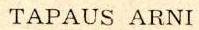
TAPAUS ARNI